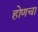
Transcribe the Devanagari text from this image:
होणचा